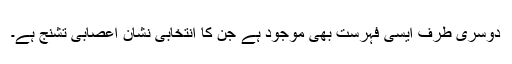
دوسری طرف ایسی فہرست بھی موجود ہے جن کا انتخابی نشان اعصابی تشنج ہے۔